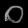
Digit: ၀